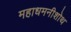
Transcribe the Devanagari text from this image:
महाधमनीशोथ